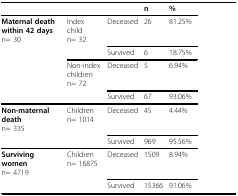
<table><thead><tr><td></td><td></td><td></td><td><b>n</b></td><td><b>%</b></td></tr></thead><tbody><tr><td><b>Maternal death within 42 days</b>n= 30</td><td>Index childn= 32</td><td>Deceased</td><td>26</td><td>81.25%</td></tr><tr><td></td><td></td><td>Survived</td><td>6</td><td>18.75%</td></tr><tr><td></td><td>Non-index childrenn= 72</td><td>Deceased</td><td>5</td><td>6.94%</td></tr><tr><td></td><td></td><td>Survived</td><td>67</td><td>93.06%</td></tr><tr><td><b>Non-maternal death</b>n= 335</td><td>Childrenn= 1014</td><td>Deceased</td><td>45</td><td>4.44%</td></tr><tr><td></td><td></td><td>Survived</td><td>969</td><td>95.56%</td></tr><tr><td><b>Surviving women</b>n= 4719</td><td>Childrenn= 16875</td><td>Deceased</td><td>1509</td><td>8.94%</td></tr><tr><td></td><td></td><td>Survived</td><td>15366</td><td>91.06%</td></tr></tbody></table>